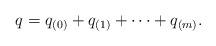
LaTeX: \begin{align*}q = q_{(0)} + q_{(1)} + \cdots+ q_{(m)}.\end{align*}